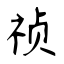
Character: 祯